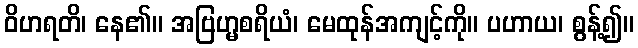
ဝိဟရတိ၊ နေ၏။ အဗြဟ္မစရိယံ၊ မေထုန်အကျင့်ကို။ ပဟာယ၊ စွန့်၍။